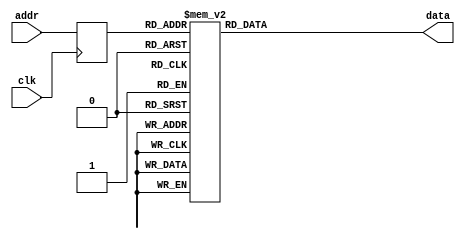
`timescale 1ns / 1ps

module squarewave_rom( //8x64 tile size with square pattern 
	input clk,
	input[7:0] addr, //7:6 for square-wave pattern , 5:0 for column address of that pattern
	output reg[7:0] data
    );
	 reg[7:0] addr_q;
	 always @(posedge clk) addr_q<=addr;
	 
	 always @* begin
		 case(addr_q)
		
				//0->0				
				{2'b00 , 6'd	0	}: data= 8'b	00000000	;
				{2'b00 , 6'd	1	}: data= 8'b	00000000	;
				{2'b00 , 6'd	2	}: data= 8'b	00000000	;
				{2'b00 , 6'd	3	}: data= 8'b	00000000	;
				{2'b00 , 6'd	4	}: data= 8'b	00000000	;
				{2'b00 , 6'd	5	}: data= 8'b	00000000	;
				{2'b00 , 6'd	6	}: data= 8'b	00000000	;
				{2'b00 , 6'd	7	}: data= 8'b	00000000	;
				{2'b00 , 6'd	8	}: data= 8'b	00000000	;
				{2'b00 , 6'd	9	}: data= 8'b	00000000	;
				{2'b00 , 6'd	10	}: data= 8'b	00000000	;
				{2'b00 , 6'd	11	}: data= 8'b	00000000	;
				{2'b00 , 6'd	12	}: data= 8'b	00000000	;
				{2'b00 , 6'd	13	}: data= 8'b	00000000	;
				{2'b00 , 6'd	14	}: data= 8'b	00000000	;
				{2'b00 , 6'd	15	}: data= 8'b	00000000	;
				{2'b00 , 6'd	16	}: data= 8'b	00000000	;
				{2'b00 , 6'd	17	}: data= 8'b	00000000	;
				{2'b00 , 6'd	18	}: data= 8'b	00000000	;
				{2'b00 , 6'd	19	}: data= 8'b	00000000	;
				{2'b00 , 6'd	20	}: data= 8'b	00000000	;
				{2'b00 , 6'd	21	}: data= 8'b	00000000	;
				{2'b00 , 6'd	22	}: data= 8'b	00000000	;
				{2'b00 , 6'd	23	}: data= 8'b	00000000	;
				{2'b00 , 6'd	24	}: data= 8'b	00000000	;
				{2'b00 , 6'd	25	}: data= 8'b	00000000	;
				{2'b00 , 6'd	26	}: data= 8'b	00000000	;
				{2'b00 , 6'd	27	}: data= 8'b	00000000	;
				{2'b00 , 6'd	28	}: data= 8'b	00000000	;
				{2'b00 , 6'd	29	}: data= 8'b	00000000	;
				{2'b00 , 6'd	30	}: data= 8'b	00000000	;
				{2'b00 , 6'd	31	}: data= 8'b	00000000	;
				{2'b00 , 6'd	32	}: data= 8'b	00000000	;
				{2'b00 , 6'd	33	}: data= 8'b	00000000	;
				{2'b00 , 6'd	34	}: data= 8'b	00000000	;
				{2'b00 , 6'd	35	}: data= 8'b	00000000	;
				{2'b00 , 6'd	36	}: data= 8'b	00000000	;
				{2'b00 , 6'd	37	}: data= 8'b	00000000	;
				{2'b00 , 6'd	38	}: data= 8'b	00000000	;
				{2'b00 , 6'd	39	}: data= 8'b	00000000	;
				{2'b00 , 6'd	40	}: data= 8'b	00000000	;
				{2'b00 , 6'd	41	}: data= 8'b	00000000	;
				{2'b00 , 6'd	42	}: data= 8'b	00000000	;
				{2'b00 , 6'd	43	}: data= 8'b	00000000	;
				{2'b00 , 6'd	44	}: data= 8'b	00000000	;
				{2'b00 , 6'd	45	}: data= 8'b	00000000	;
				{2'b00 , 6'd	46	}: data= 8'b	00000000	;
				{2'b00 , 6'd	47	}: data= 8'b	00000000	;
				{2'b00 , 6'd	48	}: data= 8'b	00000000	;
				{2'b00 , 6'd	49	}: data= 8'b	00000000	;
				{2'b00 , 6'd	50	}: data= 8'b	00000000	;
				{2'b00 , 6'd	51	}: data= 8'b	00000000	;
				{2'b00 , 6'd	52	}: data= 8'b	00000000	;
				{2'b00 , 6'd	53	}: data= 8'b	00000000	;
				{2'b00 , 6'd	54	}: data= 8'b	00000000	;
				{2'b00 , 6'd	55	}: data= 8'b	00000000	;
				{2'b00 , 6'd	56	}: data= 8'b	00000000	;
				{2'b00 , 6'd	57	}: data= 8'b	00000000	;
				{2'b00 , 6'd	58	}: data= 8'b	00000000	;
				{2'b00 , 6'd	59	}: data= 8'b	00000000	;
				{2'b00 , 6'd	60	}: data= 8'b	00000000	;
				{2'b00 , 6'd	61	}: data= 8'b	00000000	;
				{2'b00 , 6'd	62	}: data= 8'b	00000000	;
				{2'b00 , 6'd	63	}: data= 8'b	11111111	;
								
				//0->1				
				{2'b01, 6'd	0	}: data= 8'b	00001111	;
				{2'b01, 6'd	1	}: data= 8'b	00001000	;
				{2'b01, 6'd	2	}: data= 8'b	00001000	;
				{2'b01, 6'd	3	}: data= 8'b	00001000	;
				{2'b01, 6'd	4	}: data= 8'b	00001000	;
				{2'b01, 6'd	5	}: data= 8'b	00001000	;
				{2'b01, 6'd	6	}: data= 8'b	00001000	;
				{2'b01, 6'd	7	}: data= 8'b	00001000	;
				{2'b01, 6'd	8	}: data= 8'b	00001000	;
				{2'b01, 6'd	9	}: data= 8'b	00001000	;
				{2'b01, 6'd	10	}: data= 8'b	00001000	;
				{2'b01, 6'd	11	}: data= 8'b	00001000	;
				{2'b01, 6'd	12	}: data= 8'b	00001000	;
				{2'b01, 6'd	13	}: data= 8'b	00001000	;
				{2'b01, 6'd	14	}: data= 8'b	00001000	;
				{2'b01, 6'd	15	}: data= 8'b	00001000	;
				{2'b01, 6'd	16	}: data= 8'b	00001000	;
				{2'b01, 6'd	17	}: data= 8'b	00001000	;
				{2'b01, 6'd	18	}: data= 8'b	00001000	;
				{2'b01, 6'd	19	}: data= 8'b	00001000	;
				{2'b01, 6'd	20	}: data= 8'b	00001000	;
				{2'b01, 6'd	21	}: data= 8'b	00001000	;
				{2'b01, 6'd	22	}: data= 8'b	00001000	;
				{2'b01, 6'd	23	}: data= 8'b	00001000	;
				{2'b01, 6'd	24	}: data= 8'b	00001000	;
				{2'b01, 6'd	25	}: data= 8'b	00001000	;
				{2'b01, 6'd	26	}: data= 8'b	00001000	;
				{2'b01, 6'd	27	}: data= 8'b	00001000	;
				{2'b01, 6'd	28	}: data= 8'b	00001000	;
				{2'b01, 6'd	29	}: data= 8'b	00001000	;
				{2'b01, 6'd	30	}: data= 8'b	00001000	;
				{2'b01, 6'd	31	}: data= 8'b	00001000	;
				{2'b01, 6'd	32	}: data= 8'b	00001000	;
				{2'b01, 6'd	33	}: data= 8'b	00001000	;
				{2'b01, 6'd	34	}: data= 8'b	00001000	;
				{2'b01, 6'd	35	}: data= 8'b	00001000	;
				{2'b01, 6'd	36	}: data= 8'b	00001000	;
				{2'b01, 6'd	37	}: data= 8'b	00001000	;
				{2'b01, 6'd	38	}: data= 8'b	00001000	;
				{2'b01, 6'd	39	}: data= 8'b	00001000	;
				{2'b01, 6'd	40	}: data= 8'b	00001000	;
				{2'b01, 6'd	41	}: data= 8'b	00001000	;
				{2'b01, 6'd	42	}: data= 8'b	00001000	;
				{2'b01, 6'd	43	}: data= 8'b	00001000	;
				{2'b01, 6'd	44	}: data= 8'b	00001000	;
				{2'b01, 6'd	45	}: data= 8'b	00001000	;
				{2'b01, 6'd	46	}: data= 8'b	00001000	;
				{2'b01, 6'd	47	}: data= 8'b	00001000	;
				{2'b01, 6'd	48	}: data= 8'b	00001000	;
				{2'b01, 6'd	49	}: data= 8'b	00001000	;
				{2'b01, 6'd	50	}: data= 8'b	00001000	;
				{2'b01, 6'd	51	}: data= 8'b	00001000	;
				{2'b01, 6'd	52	}: data= 8'b	00001000	;
				{2'b01, 6'd	53	}: data= 8'b	00001000	;
				{2'b01, 6'd	54	}: data= 8'b	00001000	;
				{2'b01, 6'd	55	}: data= 8'b	00001000	;
				{2'b01, 6'd	56	}: data= 8'b	00001000	;
				{2'b01, 6'd	57	}: data= 8'b	00001000	;
				{2'b01, 6'd	58	}: data= 8'b	00001000	;
				{2'b01, 6'd	59	}: data= 8'b	00001000	;
				{2'b01, 6'd	60	}: data= 8'b	00001000	;
				{2'b01, 6'd	61	}: data= 8'b	00001000	;
				{2'b01, 6'd	62	}: data= 8'b	00001000	;
				{2'b01, 6'd	63	}: data= 8'b	11111000	;
								
								
				//1->1				
				{2'b11 , 6'd	0	}: data= 8'b	11111111	;
				{2'b11 , 6'd	1	}: data= 8'b	00000000	;
				{2'b11 , 6'd	2	}: data= 8'b	00000000	;
				{2'b11 , 6'd	3	}: data= 8'b	00000000	;
				{2'b11 , 6'd	4	}: data= 8'b	00000000	;
				{2'b11 , 6'd	5	}: data= 8'b	00000000	;
				{2'b11 , 6'd	6	}: data= 8'b	00000000	;
				{2'b11 , 6'd	7	}: data= 8'b	00000000	;
				{2'b11 , 6'd	8	}: data= 8'b	00000000	;
				{2'b11 , 6'd	9	}: data= 8'b	00000000	;
				{2'b11 , 6'd	10	}: data= 8'b	00000000	;
				{2'b11 , 6'd	11	}: data= 8'b	00000000	;
				{2'b11 , 6'd	12	}: data= 8'b	00000000	;
				{2'b11 , 6'd	13	}: data= 8'b	00000000	;
				{2'b11 , 6'd	14	}: data= 8'b	00000000	;
				{2'b11 , 6'd	15	}: data= 8'b	00000000	;
				{2'b11 , 6'd	16	}: data= 8'b	00000000	;
				{2'b11 , 6'd	17	}: data= 8'b	00000000	;
				{2'b11 , 6'd	18	}: data= 8'b	00000000	;
				{2'b11 , 6'd	19	}: data= 8'b	00000000	;
				{2'b11 , 6'd	20	}: data= 8'b	00000000	;
				{2'b11 , 6'd	21	}: data= 8'b	00000000	;
				{2'b11 , 6'd	22	}: data= 8'b	00000000	;
				{2'b11 , 6'd	23	}: data= 8'b	00000000	;
				{2'b11 , 6'd	24	}: data= 8'b	00000000	;
				{2'b11 , 6'd	25	}: data= 8'b	00000000	;
				{2'b11 , 6'd	26	}: data= 8'b	00000000	;
				{2'b11 , 6'd	27	}: data= 8'b	00000000	;
				{2'b11 , 6'd	28	}: data= 8'b	00000000	;
				{2'b11 , 6'd	29	}: data= 8'b	00000000	;
				{2'b11 , 6'd	30	}: data= 8'b	00000000	;
				{2'b11 , 6'd	31	}: data= 8'b	00000000	;
				{2'b11 , 6'd	32	}: data= 8'b	00000000	;
				{2'b11 , 6'd	33	}: data= 8'b	00000000	;
				{2'b11 , 6'd	34	}: data= 8'b	00000000	;
				{2'b11 , 6'd	35	}: data= 8'b	00000000	;
				{2'b11 , 6'd	36	}: data= 8'b	00000000	;
				{2'b11 , 6'd	37	}: data= 8'b	00000000	;
				{2'b11 , 6'd	38	}: data= 8'b	00000000	;
				{2'b11 , 6'd	39	}: data= 8'b	00000000	;
				{2'b11 , 6'd	40	}: data= 8'b	00000000	;
				{2'b11 , 6'd	41	}: data= 8'b	00000000	;
				{2'b11 , 6'd	42	}: data= 8'b	00000000	;
				{2'b11 , 6'd	43	}: data= 8'b	00000000	;
				{2'b11 , 6'd	44	}: data= 8'b	00000000	;
				{2'b11 , 6'd	45	}: data= 8'b	00000000	;
				{2'b11 , 6'd	46	}: data= 8'b	00000000	;
				{2'b11 , 6'd	47	}: data= 8'b	00000000	;
				{2'b11 , 6'd	48	}: data= 8'b	00000000	;
				{2'b11 , 6'd	49	}: data= 8'b	00000000	;
				{2'b11 , 6'd	50	}: data= 8'b	00000000	;
				{2'b11 , 6'd	51	}: data= 8'b	00000000	;
				{2'b11 , 6'd	52	}: data= 8'b	00000000	;
				{2'b11 , 6'd	53	}: data= 8'b	00000000	;
				{2'b11 , 6'd	54	}: data= 8'b	00000000	;
				{2'b11 , 6'd	55	}: data= 8'b	00000000	;
				{2'b11 , 6'd	56	}: data= 8'b	00000000	;
				{2'b11 , 6'd	57	}: data= 8'b	00000000	;
				{2'b11 , 6'd	58	}: data= 8'b	00000000	;
				{2'b11 , 6'd	59	}: data= 8'b	00000000	;
				{2'b11 , 6'd	60	}: data= 8'b	00000000	;
				{2'b11 , 6'd	61	}: data= 8'b	00000000	;
				{2'b11 , 6'd	62	}: data= 8'b	00000000	;
				{2'b11 , 6'd	63	}: data= 8'b	00000000	;
								
								
				//1->0				
				{2'b10 , 6'd	0	}: data= 8'b	11110000	;
				{2'b10 , 6'd	1	}: data= 8'b	00010000	;
				{2'b10 , 6'd	2	}: data= 8'b	00010000	;
				{2'b10 , 6'd	3	}: data= 8'b	00010000	;
				{2'b10 , 6'd	4	}: data= 8'b	00010000	;
				{2'b10 , 6'd	5	}: data= 8'b	00010000	;
				{2'b10 , 6'd	6	}: data= 8'b	00010000	;
				{2'b10 , 6'd	7	}: data= 8'b	00010000	;
				{2'b10 , 6'd	8	}: data= 8'b	00010000	;
				{2'b10 , 6'd	9	}: data= 8'b	00010000	;
				{2'b10 , 6'd	10	}: data= 8'b	00010000	;
				{2'b10 , 6'd	11	}: data= 8'b	00010000	;
				{2'b10 , 6'd	12	}: data= 8'b	00010000	;
				{2'b10 , 6'd	13	}: data= 8'b	00010000	;
				{2'b10 , 6'd	14	}: data= 8'b	00010000	;
				{2'b10 , 6'd	15	}: data= 8'b	00010000	;
				{2'b10 , 6'd	16	}: data= 8'b	00010000	;
				{2'b10 , 6'd	17	}: data= 8'b	00010000	;
				{2'b10 , 6'd	18	}: data= 8'b	00010000	;
				{2'b10 , 6'd	19	}: data= 8'b	00010000	;
				{2'b10 , 6'd	20	}: data= 8'b	00010000	;
				{2'b10 , 6'd	21	}: data= 8'b	00010000	;
				{2'b10 , 6'd	22	}: data= 8'b	00010000	;
				{2'b10 , 6'd	23	}: data= 8'b	00010000	;
				{2'b10 , 6'd	24	}: data= 8'b	00010000	;
				{2'b10 , 6'd	25	}: data= 8'b	00010000	;
				{2'b10 , 6'd	26	}: data= 8'b	00010000	;
				{2'b10 , 6'd	27	}: data= 8'b	00010000	;
				{2'b10 , 6'd	28	}: data= 8'b	00010000	;
				{2'b10 , 6'd	29	}: data= 8'b	00010000	;
				{2'b10 , 6'd	30	}: data= 8'b	00010000	;
				{2'b10 , 6'd	31	}: data= 8'b	00010000	;
				{2'b10 , 6'd	32	}: data= 8'b	00010000	;
				{2'b10 , 6'd	33	}: data= 8'b	00010000	;
				{2'b10 , 6'd	34	}: data= 8'b	00010000	;
				{2'b10 , 6'd	35	}: data= 8'b	00010000	;
				{2'b10 , 6'd	36	}: data= 8'b	00010000	;
				{2'b10 , 6'd	37	}: data= 8'b	00010000	;
				{2'b10 , 6'd	38	}: data= 8'b	00010000	;
				{2'b10 , 6'd	39	}: data= 8'b	00010000	;
				{2'b10 , 6'd	40	}: data= 8'b	00010000	;
				{2'b10 , 6'd	41	}: data= 8'b	00010000	;
				{2'b10 , 6'd	42	}: data= 8'b	00010000	;
				{2'b10 , 6'd	43	}: data= 8'b	00010000	;
				{2'b10 , 6'd	44	}: data= 8'b	00010000	;
				{2'b10 , 6'd	45	}: data= 8'b	00010000	;
				{2'b10 , 6'd	46	}: data= 8'b	00010000	;
				{2'b10 , 6'd	47	}: data= 8'b	00010000	;
				{2'b10 , 6'd	48	}: data= 8'b	00010000	;
				{2'b10 , 6'd	49	}: data= 8'b	00010000	;
				{2'b10 , 6'd	50	}: data= 8'b	00010000	;
				{2'b10 , 6'd	51	}: data= 8'b	00010000	;
				{2'b10 , 6'd	52	}: data= 8'b	00010000	;
				{2'b10 , 6'd	53	}: data= 8'b	00010000	;
				{2'b10 , 6'd	54	}: data= 8'b	00010000	;
				{2'b10 , 6'd	55	}: data= 8'b	00010000	;
				{2'b10 , 6'd	56	}: data= 8'b	00010000	;
				{2'b10 , 6'd	57	}: data= 8'b	00010000	;
				{2'b10 , 6'd	58	}: data= 8'b	00010000	;
				{2'b10 , 6'd	59	}: data= 8'b	00010000	;
				{2'b10 , 6'd	60	}: data= 8'b	00010000	;
				{2'b10 , 6'd	61	}: data= 8'b	00010000	;
				{2'b10 , 6'd	62	}: data= 8'b	00010000	;
				{2'b10 , 6'd	63	}: data= 8'b	00011111	;

		 
		 
		 endcase
	end


endmodule